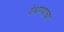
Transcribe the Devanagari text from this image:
वेधण्याचा